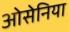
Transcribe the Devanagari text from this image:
ओसेनिया